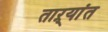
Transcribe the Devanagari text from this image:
ताऱ्यांत